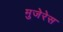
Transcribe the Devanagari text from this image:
मुजेरेस